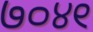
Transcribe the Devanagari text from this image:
७०४९